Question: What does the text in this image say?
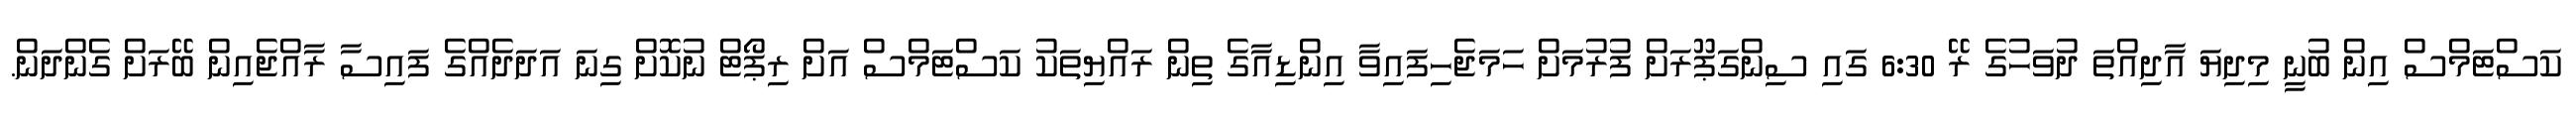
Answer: ކަސްޓަމްސް އިން ބުނީ މިދިޔަ އާދިއްތަ ދުވަހުގެ ރޭ 6:30 ގައި ސިންގަޕޫރަށް ފުރުމަށް ހަމަޖެހިފައިވާ އިންޑިއާގެ ތިން ރައްޔިތަކު ކަސްޓަމްސް އަށް ރިޕޯޓް ނުކޮށް ގިނަ އަދަދެއްގެ ފައިސާ ރާއްޖެއިން ބޭރަށް ގެންދަން.